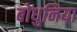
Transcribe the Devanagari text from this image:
बोधुनिया